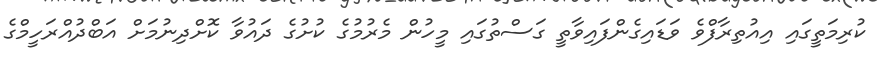
ކުރިމަތީގައި އިއުތިރާފްވެ ވަޑައިގެންފައިވާތީ ގަސްތުގައި މީހުން މެރުމުގެ ކުށުގެ ދައުވާ ކޮށްދިނުމަށް އަބްދުއްރަހީމްގެ